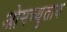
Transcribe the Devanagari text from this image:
ओमच्युताय